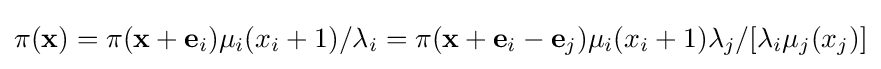
\pi (\mathbf {x} )=\pi (\mathbf {x} +\mathbf {e} _{i})\mu _{i}(x_{i}+1)/\lambda _{i}=\pi (\mathbf {x} +\mathbf {e} _{i}-\mathbf {e} _{j})\mu _{i}(x_{i}+1)\lambda _{j}/[\lambda _{i}\mu _{j}(x_{j})]